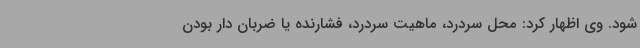
شود. وی اظهار کرد: محل سردرد، ماهیت سردرد، فشارنده یا ضربان دار بودن